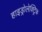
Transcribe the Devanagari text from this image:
हाइड्रोलेक्ट्रिक